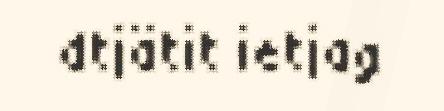
dtjätit ietjag